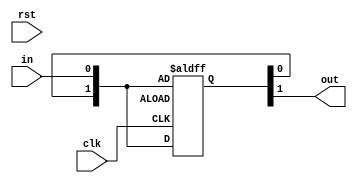
module db_flop(
    input clk,
    input rst,
    input in,
    output out
);
reg [1:0]db;

always@(posedge clk or negedge rst_n)
    if(!rst_n) begin
        db[0]<=in;
        db[1]<=db[0];
    end else begin
        db[0]<=in;
        db[1]<=db[0];
    end

assign out=db[1];

endmodule